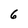
Character: 6